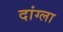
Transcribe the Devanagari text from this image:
दांग्ला